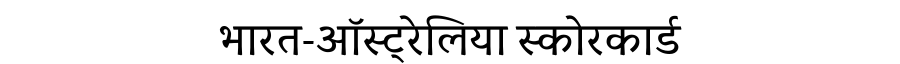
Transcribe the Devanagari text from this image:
भारत-ऑस्ट्रेलिया स्कोरकार्ड